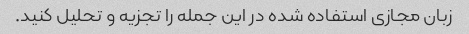
زبان مجازی استفاده شده در این جمله را تجزیه و تحلیل کنید.